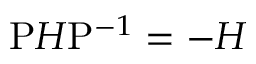
{ \mathrm { P } } H { \mathrm { P } } ^ { - 1 } = - H